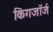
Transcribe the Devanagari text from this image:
किंगजॉर्ज